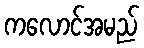
ကလောင်အမည်